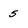
Character: 5